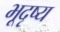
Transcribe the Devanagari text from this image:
भूदृष्य